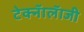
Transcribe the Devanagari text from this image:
टेक्नॅालॅाजी